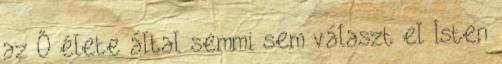
az Ő élete által semmi sem választ el Isten